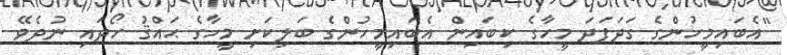
"އެބައިމީހުންގެ ގަދަފަދަ މީހާގެ ކިބައިން އެބައިމީހުންގެ ބަލިކަށި މީހާގެ ޙައްޤު ހޯދައި ނުދެވޭ